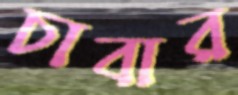
চাবার